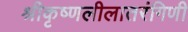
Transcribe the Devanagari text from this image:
श्रीकृष्णलीलातरंगिणी